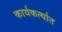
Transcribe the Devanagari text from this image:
कार्यकर्त्‍यात